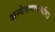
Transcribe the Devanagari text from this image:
अन्वेषणकार्याला